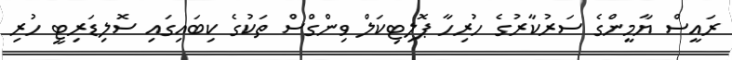
ރައީސް ޔާމީންގެ ސަރުކާރުގެ ހުރިހާ ޕޮލިޓިކަލް ވިންގްސް ތަކުގެ ކިބައިގައި ސޮލިޑަރިޓީ ހުރި